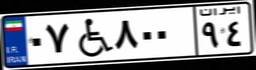
۰۷W۸۰۰۹۴